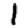
Digit: 1